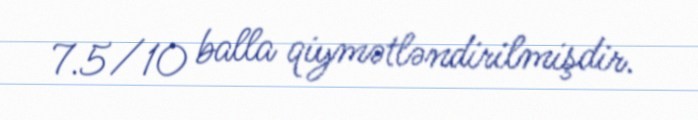
7.5/10 balla qiymətləndirilmişdir.